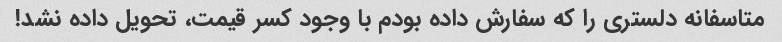
متاسفانه دلستری را که سفارش داده بودم با وجود کسر قیمت، تحویل داده نشد!